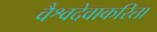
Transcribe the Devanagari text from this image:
वैश्वदेवाकरिता